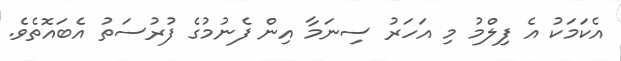
އެކަމަކު އެ ފިލްމު މި އަހަރު ސިނަމާ އިން ފެނުމުގެ ފުރުސަތު އެބައޮތެވެ.